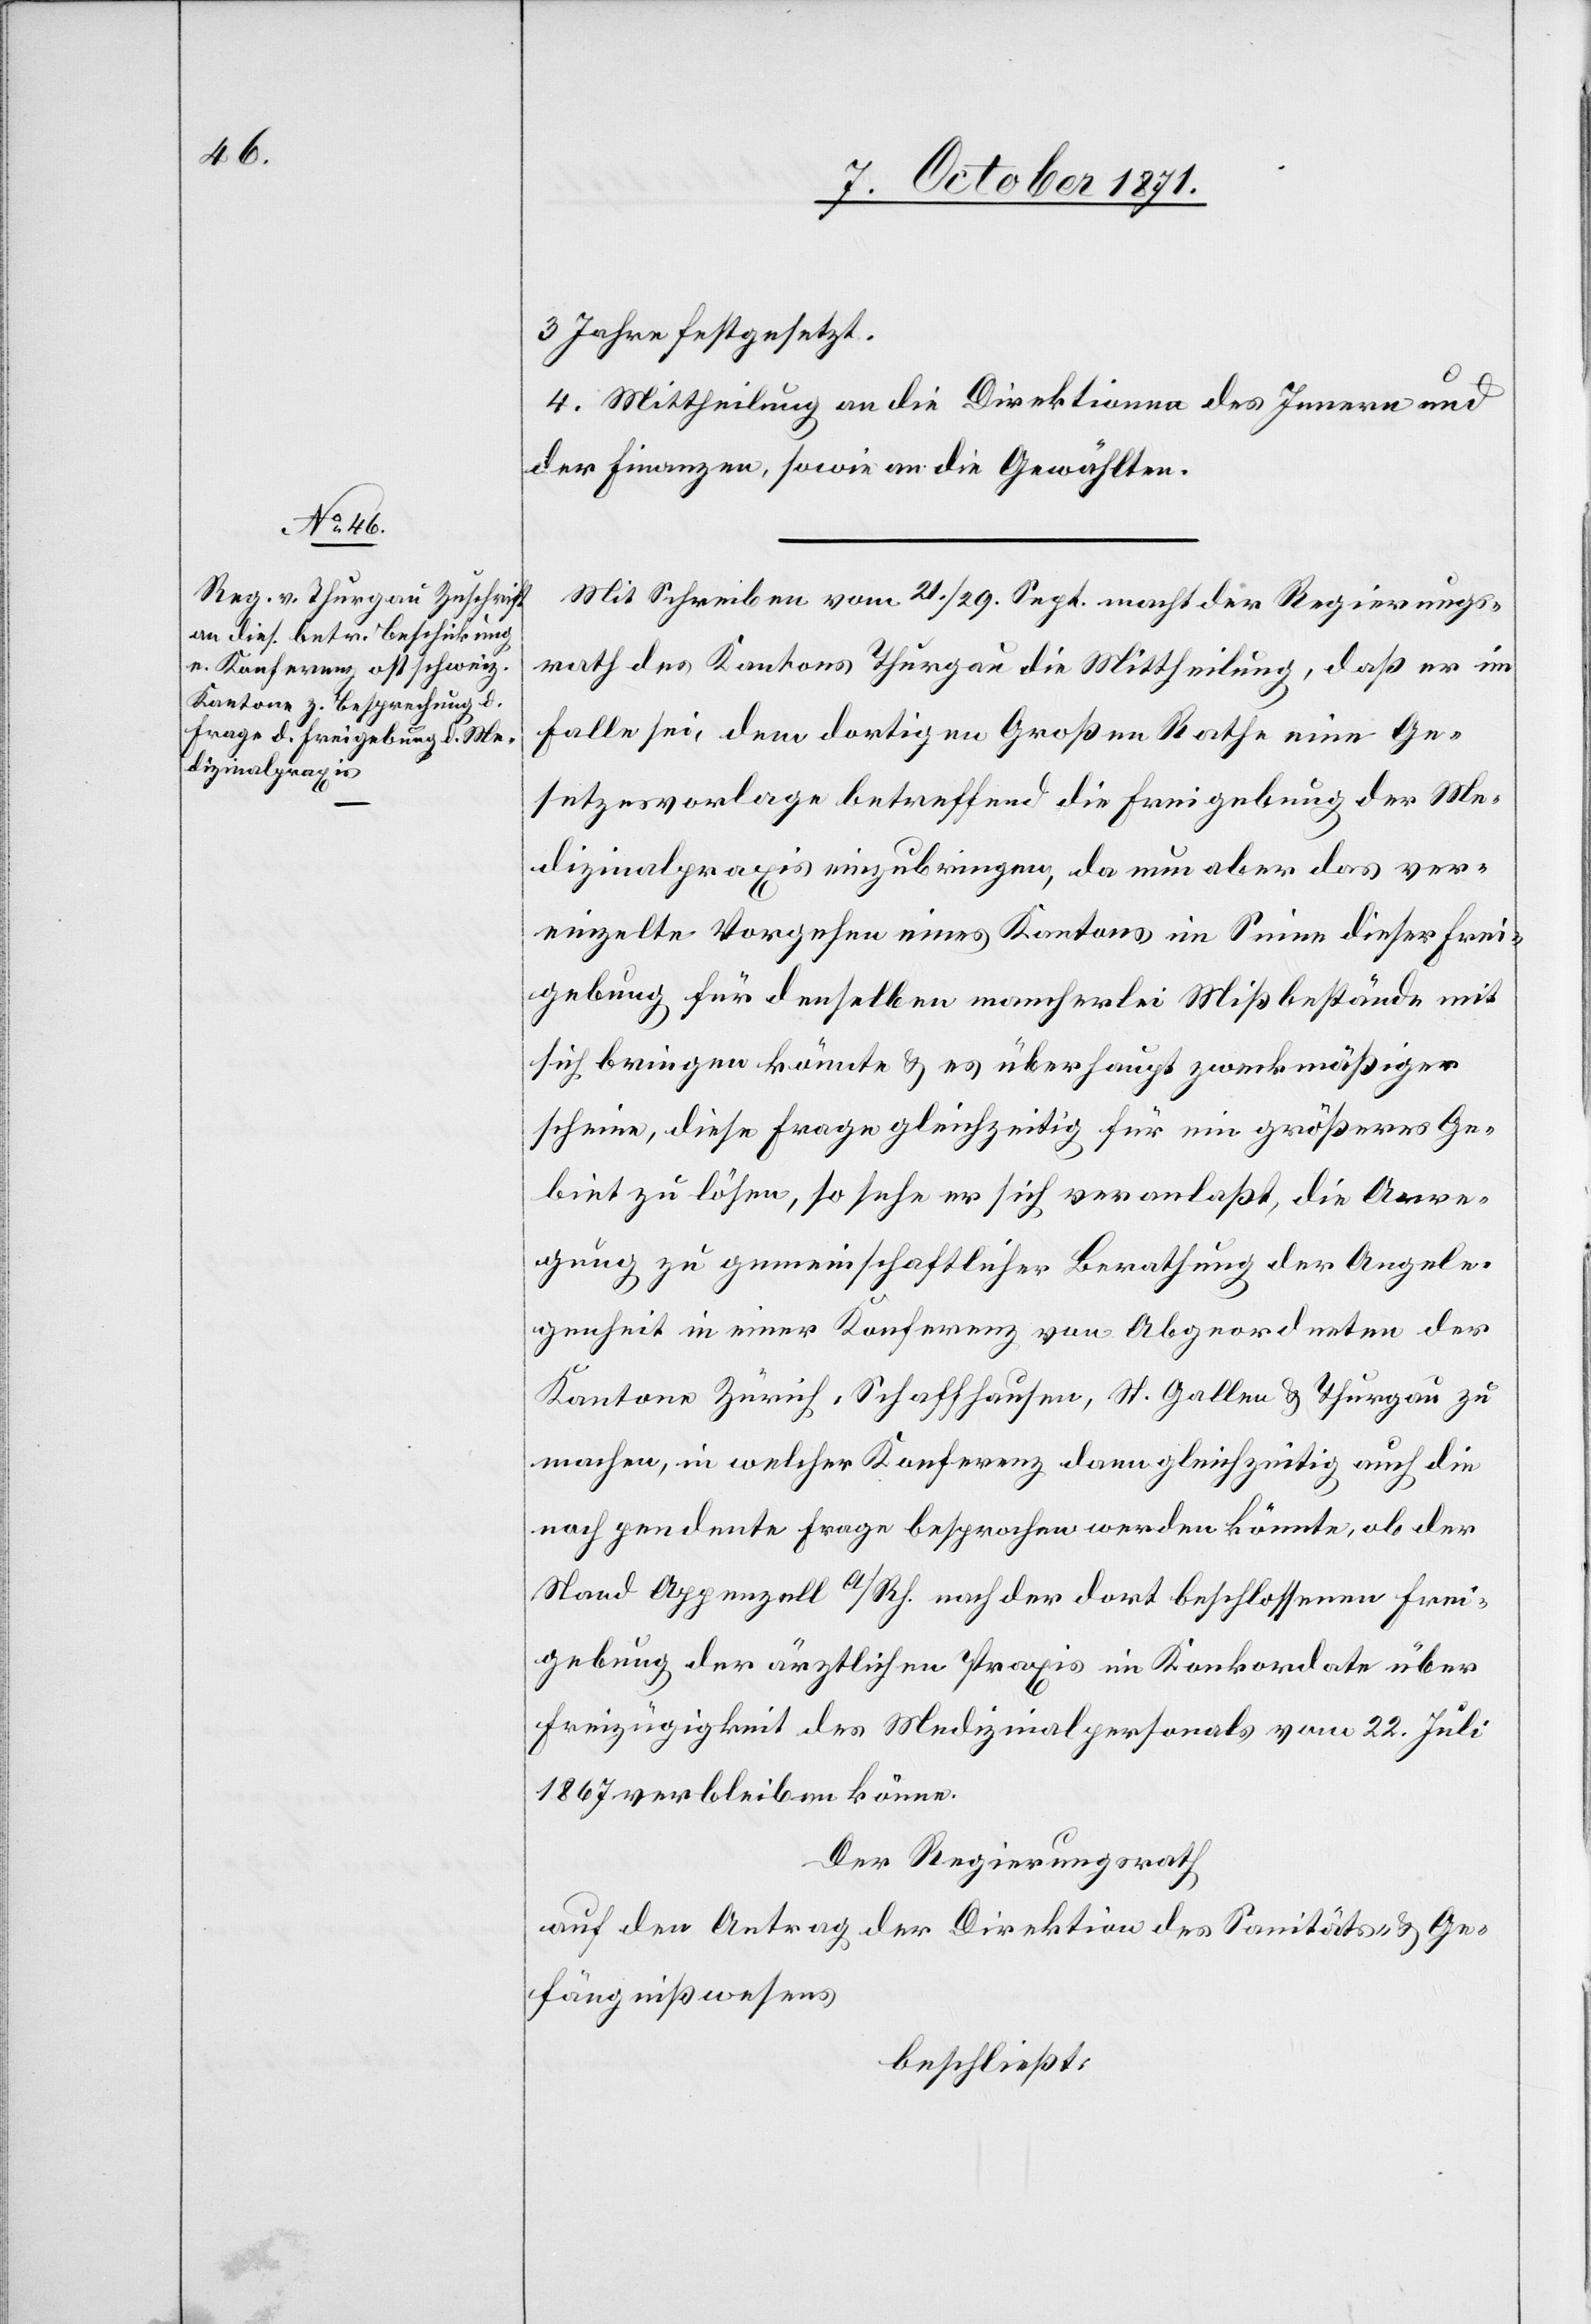
3 Jahre festgesetzt.
4. Mittheilung an die Direktionen des Innern und
der Finanzen, sowie an die Gewählten.
Mit Schreiben vom 21./29. Sept. macht der Regierungs¬
rath des Kantons Thurgau die Mittheilung, daß er im
Falle sei, dem dortigen Großen Rathe eine Ge¬
setzesvorlage betreffend die Freigebung der Me¬
dizinalpraxis einzubringen, da nun aber das ver¬
einzelte Vorgehen eines Kantons im Sinne dieser Frei¬
gebung für denselben mancherlei Mißbestände mit
sich bringen könnte & es überhaupt zweckmäßiger
scheine, diese Frage gleichzeitig für ein größeres Ge¬
biet zu lösen, so sehe er sich veranlaßt, die Anre¬
gung zu gemeinschaftlicher Berathung der Angele¬
genheit in einer Konferenz von Abgeordneten der
Kantone Zürich, Schaffhausen, St. Gallen & Thurgau zu
machen, in welcher Konferenz dann gleichzeitig auch die
noch pendente Frage besprochen werden könnte, ob der
Stand Appenzell A/Rh. nach der dort beschlossenen Frei¬
gebung der ärztlichen Praxis im Konkordate über
Freizügigkeit des Medizinalpersonals vom 22. Juli
1867 verbleiben könne.
Der Regierungsrath
auf den Antrag der Direktion des Sanitäts- & Ge¬
fängnißwesens
beschließt: